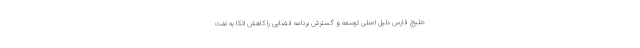
خلیج فارس دلیل اصلی توسعه و گسترش برنامه فضایی را کاهش اتکا به نفت